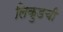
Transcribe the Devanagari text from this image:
लिकुडची